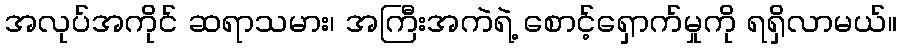
အလုပ်အကိုင် ဆရာသမား၊ အကြီးအကဲရဲ့ စောင့်ရှောက်မှုကို ရရှိလာမယ်။